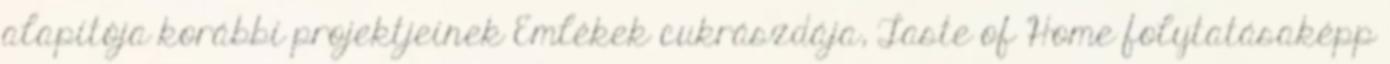
alapítója korábbi projektjeinek Emlékek cukrászdája, Taste of Home folytatásaképp